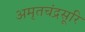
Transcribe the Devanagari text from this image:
अमृतचंद्रसूरि